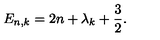
E _ { n , k } = 2 n + { \lambda _ { k } } + \frac { 3 } { 2 } .